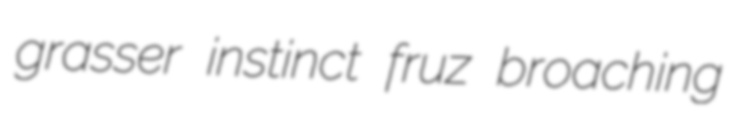
grasser instinct fruz broaching